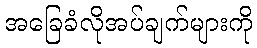
အခြေခံလိုအပ်ချက်များကို